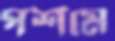
পশমে